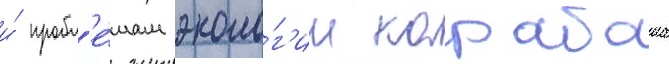
и́ пробл'е́мам эколо́г'ии карабаша